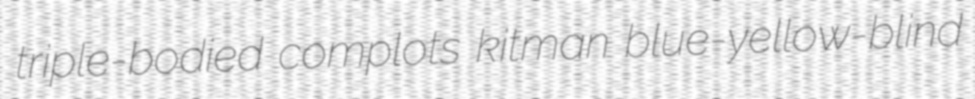
triple-bodied complots kitman blue-yellow-blind